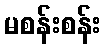
မစန်းစန်း